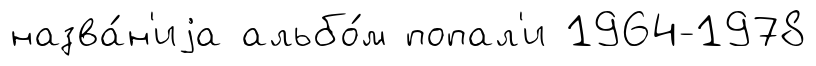
назва́н'иjа альбо́м попал'и 1964-1978